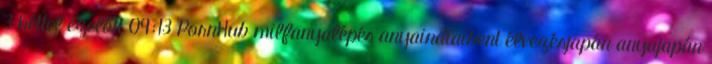
3 héttel ezelőtt 09:13 PornHub milfanyalépés anyaindiaibent élvezésjapán anyajapán